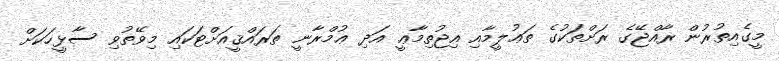
މީގެއިތުރުން ރާއްޖޭގެ ރަށްތަކުގެ ތަޢުލީމާއި އިޖުތިމާޢީ އަދި ޢުމްރާނީ ތަރައްޤީއަށްޓަކައި މިވޭތުވި ސާޅީހަކަށް